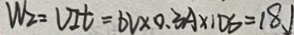
W _ { 2 } = V I t = 6 v \times 0 . 3 A \times 1 0 s = 1 8 J